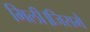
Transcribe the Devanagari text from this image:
मिली।जिसमे